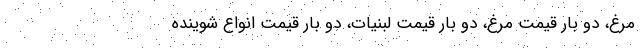
مرغ، دو بار قیمت مرغ، دو بار قیمت لبنیات، دو بار قیمت انواع شوینده